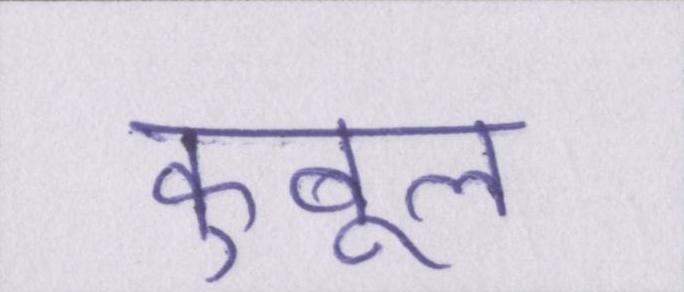
कुबूल